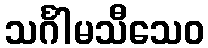
သင်္ဂါမသီသေဝ